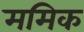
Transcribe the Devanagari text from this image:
ममिक